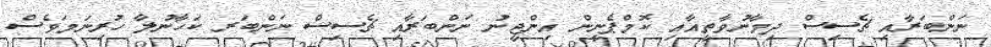
ނަންބަރާއި ޗެސިސް ދިމާނުވާތީއާއި ކޮމްޕެނީން އިންޖީނު ނަންބަރާއި ޗެސިސް ނަންބަރ ކަހާނުލާ ހުރިނަމަވެސް